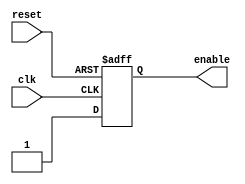
module Controller_16bit(
  input wire clk,
  input wire reset,
  output reg enable
);

  always @(posedge clk or posedge reset) begin
    if (reset)
      enable <= 0;
    else
      enable <= 1;
  end

endmodule